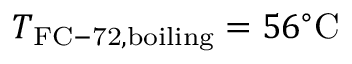
T _ { \mathrm { F C - 7 2 , b o i l i n g } } = 5 6 ^ { \circ } \mathrm { C }